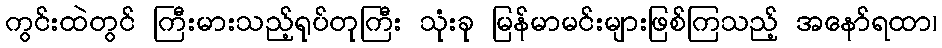
ကွင်းထဲတွင် ကြီးမားသည့်ရုပ်တုကြီး သုံးခု မြန်မာမင်းများဖြစ်ကြသည့် အနော်ရထာ၊